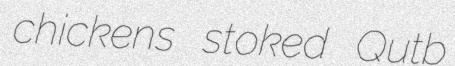
chickens stoked Qutb